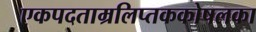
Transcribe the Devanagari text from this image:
एकपदताम्रलिप्तककोषलका